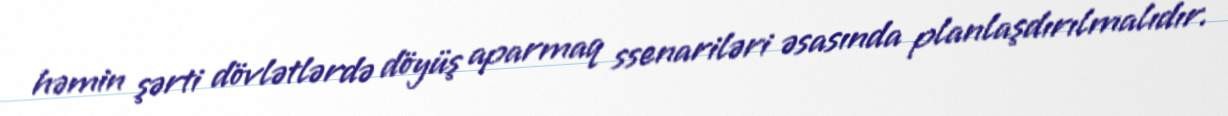
həmin şərti dövlətlərdə döyüş aparmaq ssenariləri əsasında planlaşdırılmalıdır.